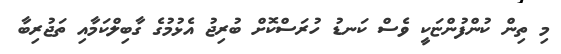
މި ތިން ކުންފުންޏަކީ ވެސް ކަނޑު ހުރަސްކޮށް ބުރިޖު އެޅުމުގެ ގާބިލްކަމާއި ތަޖުރިބާ